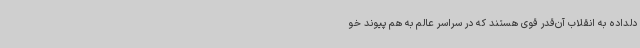
دلداده به انقلاب آن‌قدر قوی هستند که در سراسر عالم به هم پیوند خو